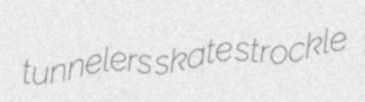
tunnelers skate strockle